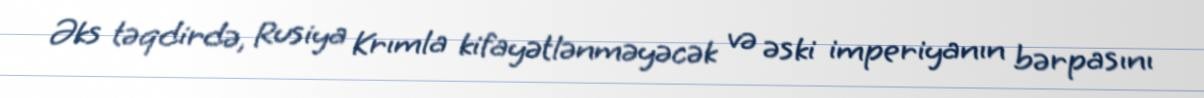
Əks təqdirdə, Rusiya Krımla kifayətlənməyəcək və əski imperiyanın bərpasını